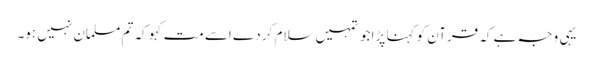
یہی وجہ ہے کہ قرآن کو کہنا پڑا جو تمہیں سلام کر دے اسے مت کہو کہ تم مسلمان نہیں ہو۔